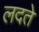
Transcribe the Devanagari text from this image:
लदते